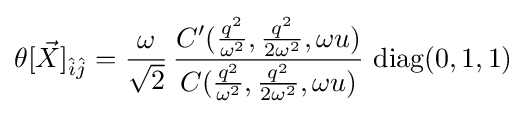
\theta [{\vec {X}}]_{{\hat {i}}{\hat {j}}}={\frac {\omega }{\sqrt {2}}}\,{\frac {C^{\prime }({\frac {q^{2}}{\omega ^{2}}},{\frac {q^{2}}{2\omega ^{2}}},\omega u)}{C({\frac {q^{2}}{\omega ^{2}}},{\frac {q^{2}}{2\omega ^{2}}},\omega u)}}\,\operatorname {diag} (0,1,1)